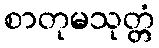
စာတုမသုတ္တံ